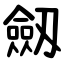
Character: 劔